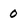
Character: 0